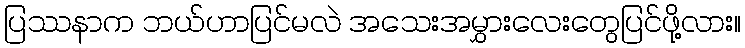
ပြဿနာက ဘယ်ဟာပြင်မလဲ အသေးအမွှားလေးတွေပြင်ဖို့လား။